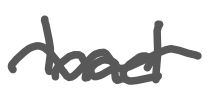
Text: had
Cross-out: wave
Writing tool: digital_gray